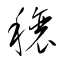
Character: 穰